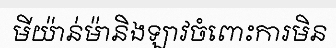
មីយ៉ាន់ម៉ានិងឡាវចំពោះការមិន